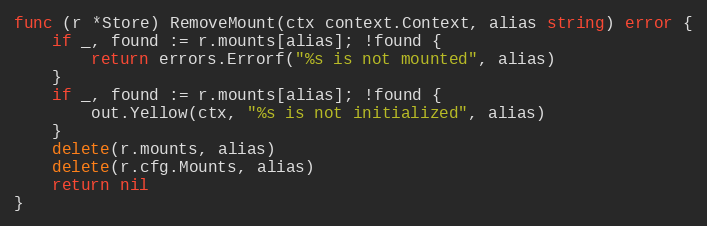
Language: Go
func (r *Store) RemoveMount(ctx context.Context, alias string) error {
	if _, found := r.mounts[alias]; !found {
		return errors.Errorf("%s is not mounted", alias)
	}
	if _, found := r.mounts[alias]; !found {
		out.Yellow(ctx, "%s is not initialized", alias)
	}
	delete(r.mounts, alias)
	delete(r.cfg.Mounts, alias)
	return nil
}